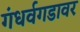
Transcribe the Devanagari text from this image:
गंधर्वगडावर